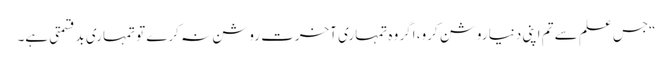
“جس علم سے تم اپنی دنیا روشن کرو، اگر وہ تمہاری آخرت روشن نہ کرے تو تمہاری بدقسمتی ہے۔